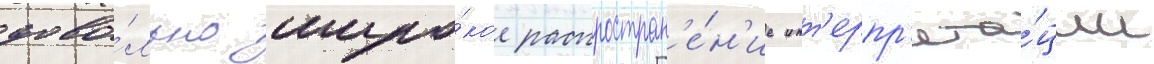
дово́льно широ́кое распростран'е́н'ие инт'ерпр'ета́ции